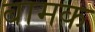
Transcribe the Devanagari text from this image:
बामक